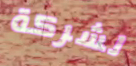
لشركة